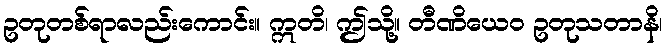
ဥတုတစ်ရာလည်းကောင်း။ ဣတိ၊ ဤသို့။ တီဏိယေဝ ဥတုသတာနိ၊